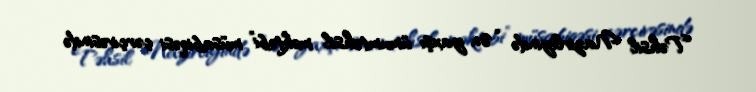
Təhsil Nazirliyində “Ən yaxşı ümumtəhsil məktəbi” müsabiqəsi çərçivəsində